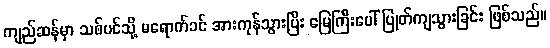
ကျည်ဆန်မှာ သစ်ပင်သို့ မရောက်ခင် အားကုန်သွားပြီး မြေကြီးပေါ် ပြုတ်ကျသွားခြင်း ဖြစ်သည်။